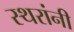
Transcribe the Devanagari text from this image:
स्थरांनी